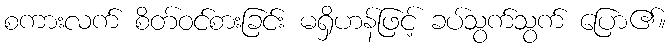
စကားလက် စိတ်ဝင်စားခြင်း မရှိဟန်ဖြင့် ခပ်သွက်သွက် ပြော၏။